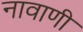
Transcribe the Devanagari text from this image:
नावाणी